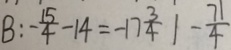
B : - \frac { 1 5 } { 4 } - 1 4 = - 1 7 \frac { 3 } { 4 } \vert - \frac { 7 1 } { 4 }